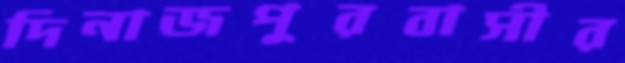
দিনাজপুরবাসীর